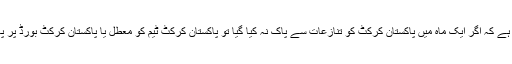
آئی سی سی نے متنبہ کیا ہے کہ اگر ایک ماہ میں پاکستان کرکٹ کو تنازعات سے پاک نہ کیا گیا تو پاکستان کرکٹ ٹیم کو معطل یا پاکستان کرکٹ بورڈ پر پابندی لگائی جا سکتی ہے۔